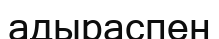
адыраспен